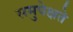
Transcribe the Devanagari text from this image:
समुपेक्षते